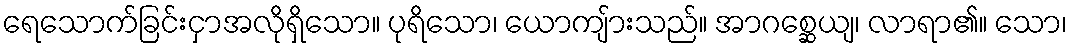
ရေသောက်ခြင်းငှာအလိုရှိသော။ ပုရိသော၊ ယောကျ်ားသည်။ အာဂစ္ဆေယျ၊ လာရာ၏။ သော၊